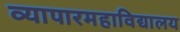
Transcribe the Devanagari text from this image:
व्यापारमहाविद्यालय